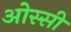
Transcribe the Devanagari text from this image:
ओस्सी